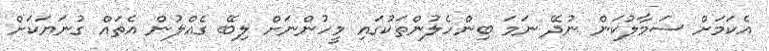
އެކަމަށް ސަމާލުކަން ނުދޭ ނަމަ ބިންހެލުންތަކުގައި މީހުންނަށް ލިބޭ ގެއްލުން އެތައް ގުނަޔަކަށް